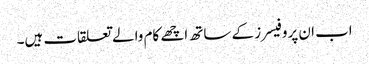
اب ان پروفیسرز کے ساتھ اچھے کام والے تعلقات ہیں۔